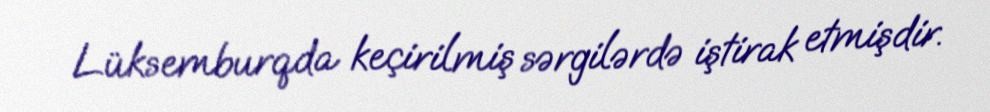
Lüksemburqda keçirilmiş sərgilərdə iştirak etmişdir.